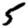
Digit: 5